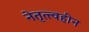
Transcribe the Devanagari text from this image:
नेतृत्त्वहीन